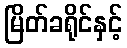
မြိတ်ခရိုင်နှင့်